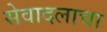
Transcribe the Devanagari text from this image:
सेवादलाचा